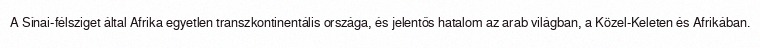
A Sínai-félsziget által Afrika egyetlen transzkontinentális országa, és jelentős hatalom az arab világban, a Közel-Keleten és Afrikában.